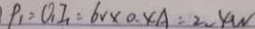
P _ { 1 } = 0 _ { 1 } I _ { 1 } = 6 V \times 0 . 4 A = 2 . 4 W